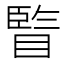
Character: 𥊇